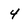
Character: 4